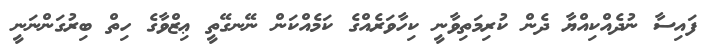
ފައިސާ ނުދެއްކިއްޔާ ދެން ކުރިމަތިވާނީ ކިހާވަރެއްގެ ކަމެއްކަން ނޭނގޭތީ ޢިޒްވާގެ ހިތް ބިރުގަންނަނީ